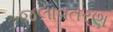
જલાવતરણ